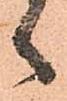
々